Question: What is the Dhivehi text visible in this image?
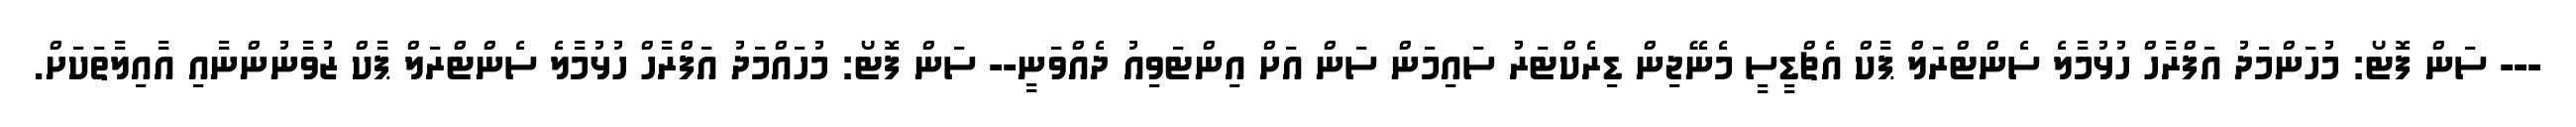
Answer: --- ސަން ފޮޓޯ: މުހަންމަދު އަފްރާހް ހުޅުމާލެ ސެންޓްރަލް ޕާކް އެޗްޑީސީ މެނޭޖިން ޑިރެކްޓަރު ސައިމަން ސަން އަށް އިންޓަވިއު ދެއްވަނީ-- ސަން ފޮޓޯ: މުހައްމަދު އަފްރާހް ހުޅުމާލެ ސެންޓްރަލް ޕާކް ޒުވާނުންނާއި އާއިލާތަކަށް.